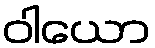
ဝါယော